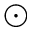
\odot